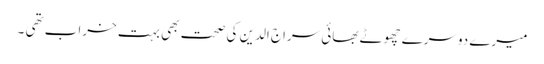
میرے دوسرے چھوٹے بھائی سراج الدین کی صحت بھی بہت خراب تھی ۔